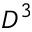
D ^ { 3 }